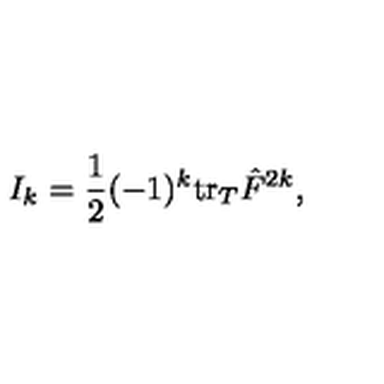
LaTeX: I _ { k } = { \frac { 1 } { 2 } } ( - 1 ) ^ { k } \mathrm { t r } _ { T } \hat { F } ^ { 2 k } ,